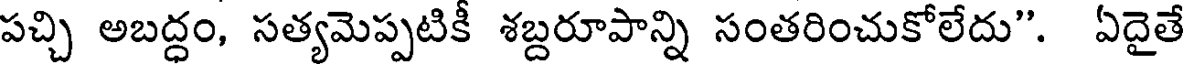
పచ్చి అబద్ధం, సత్యమెప్పటికీ శబ్దరూపాన్ని సంతరించుకోలేదు". ఏదైతే